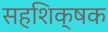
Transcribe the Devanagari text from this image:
सहशिक्षक